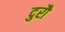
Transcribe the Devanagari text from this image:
दुरौ